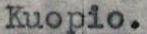
Kuopio.